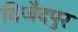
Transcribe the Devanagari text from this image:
विजैदपुर